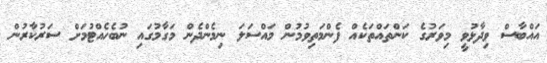
އައްބާސް ވިދާޅުވީ މިވަރުގެ ކަންތައްތަކެއް ފެންމަތިވުމުން މައްސަލަ ނިމެންދެން މަގާމުގައި ނުބެހެއްޓުމަށް ސަރުކާރުން